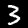
Label: 3